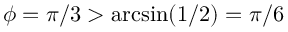
\phi = \pi / 3 > \arcsin ( 1 / 2 ) = \pi / 6